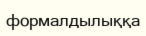
формалдылыққа